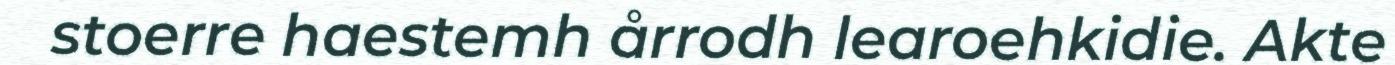
stoerre haestemh årrodh learoehkidie. Akte